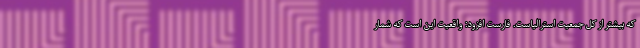
که بیشتر از کل جمعیت استرالیاست. فارست افزود: واقعیت این است که شمار